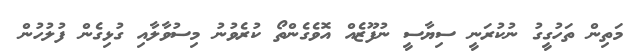
މަތިން ތަހުގީގު ނުކުރަނީ ސިޔާސީ ނުފޫޒެއް އޮވެގެންތޯ ކުރެވުނު މިސުވާލާއި ގުޅިގެން ފުލުހުން